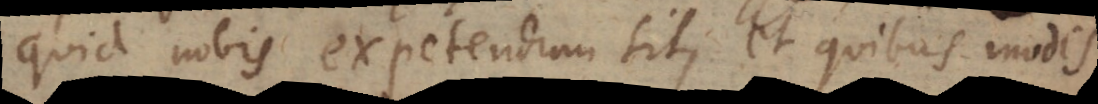
quid nobis expetendum sit, et quibus modis